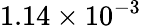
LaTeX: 1.14\times 10^{-3}